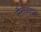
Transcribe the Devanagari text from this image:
सैनीकदल